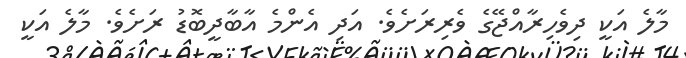
މާލެ އަކީ ދިވެހިރާއްޖޭގެ ވެރިރަށެވެ. އަދި އެންމެ އާބާދީބޮޑު ރަށެވެ. މާލެ އަކީ